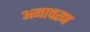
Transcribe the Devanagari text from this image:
अनाचरण